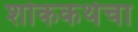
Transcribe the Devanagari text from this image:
शोककथेचा